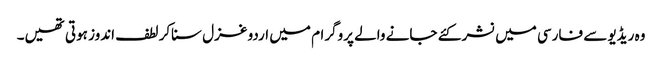
وہ ریڈیو سے فارسی میں نشر کئے جانے والے پروگرام میں اردو غزل سناکر لطف اندوز ہوتی تھیں۔